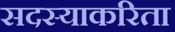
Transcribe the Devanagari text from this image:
सदस्याकरिता